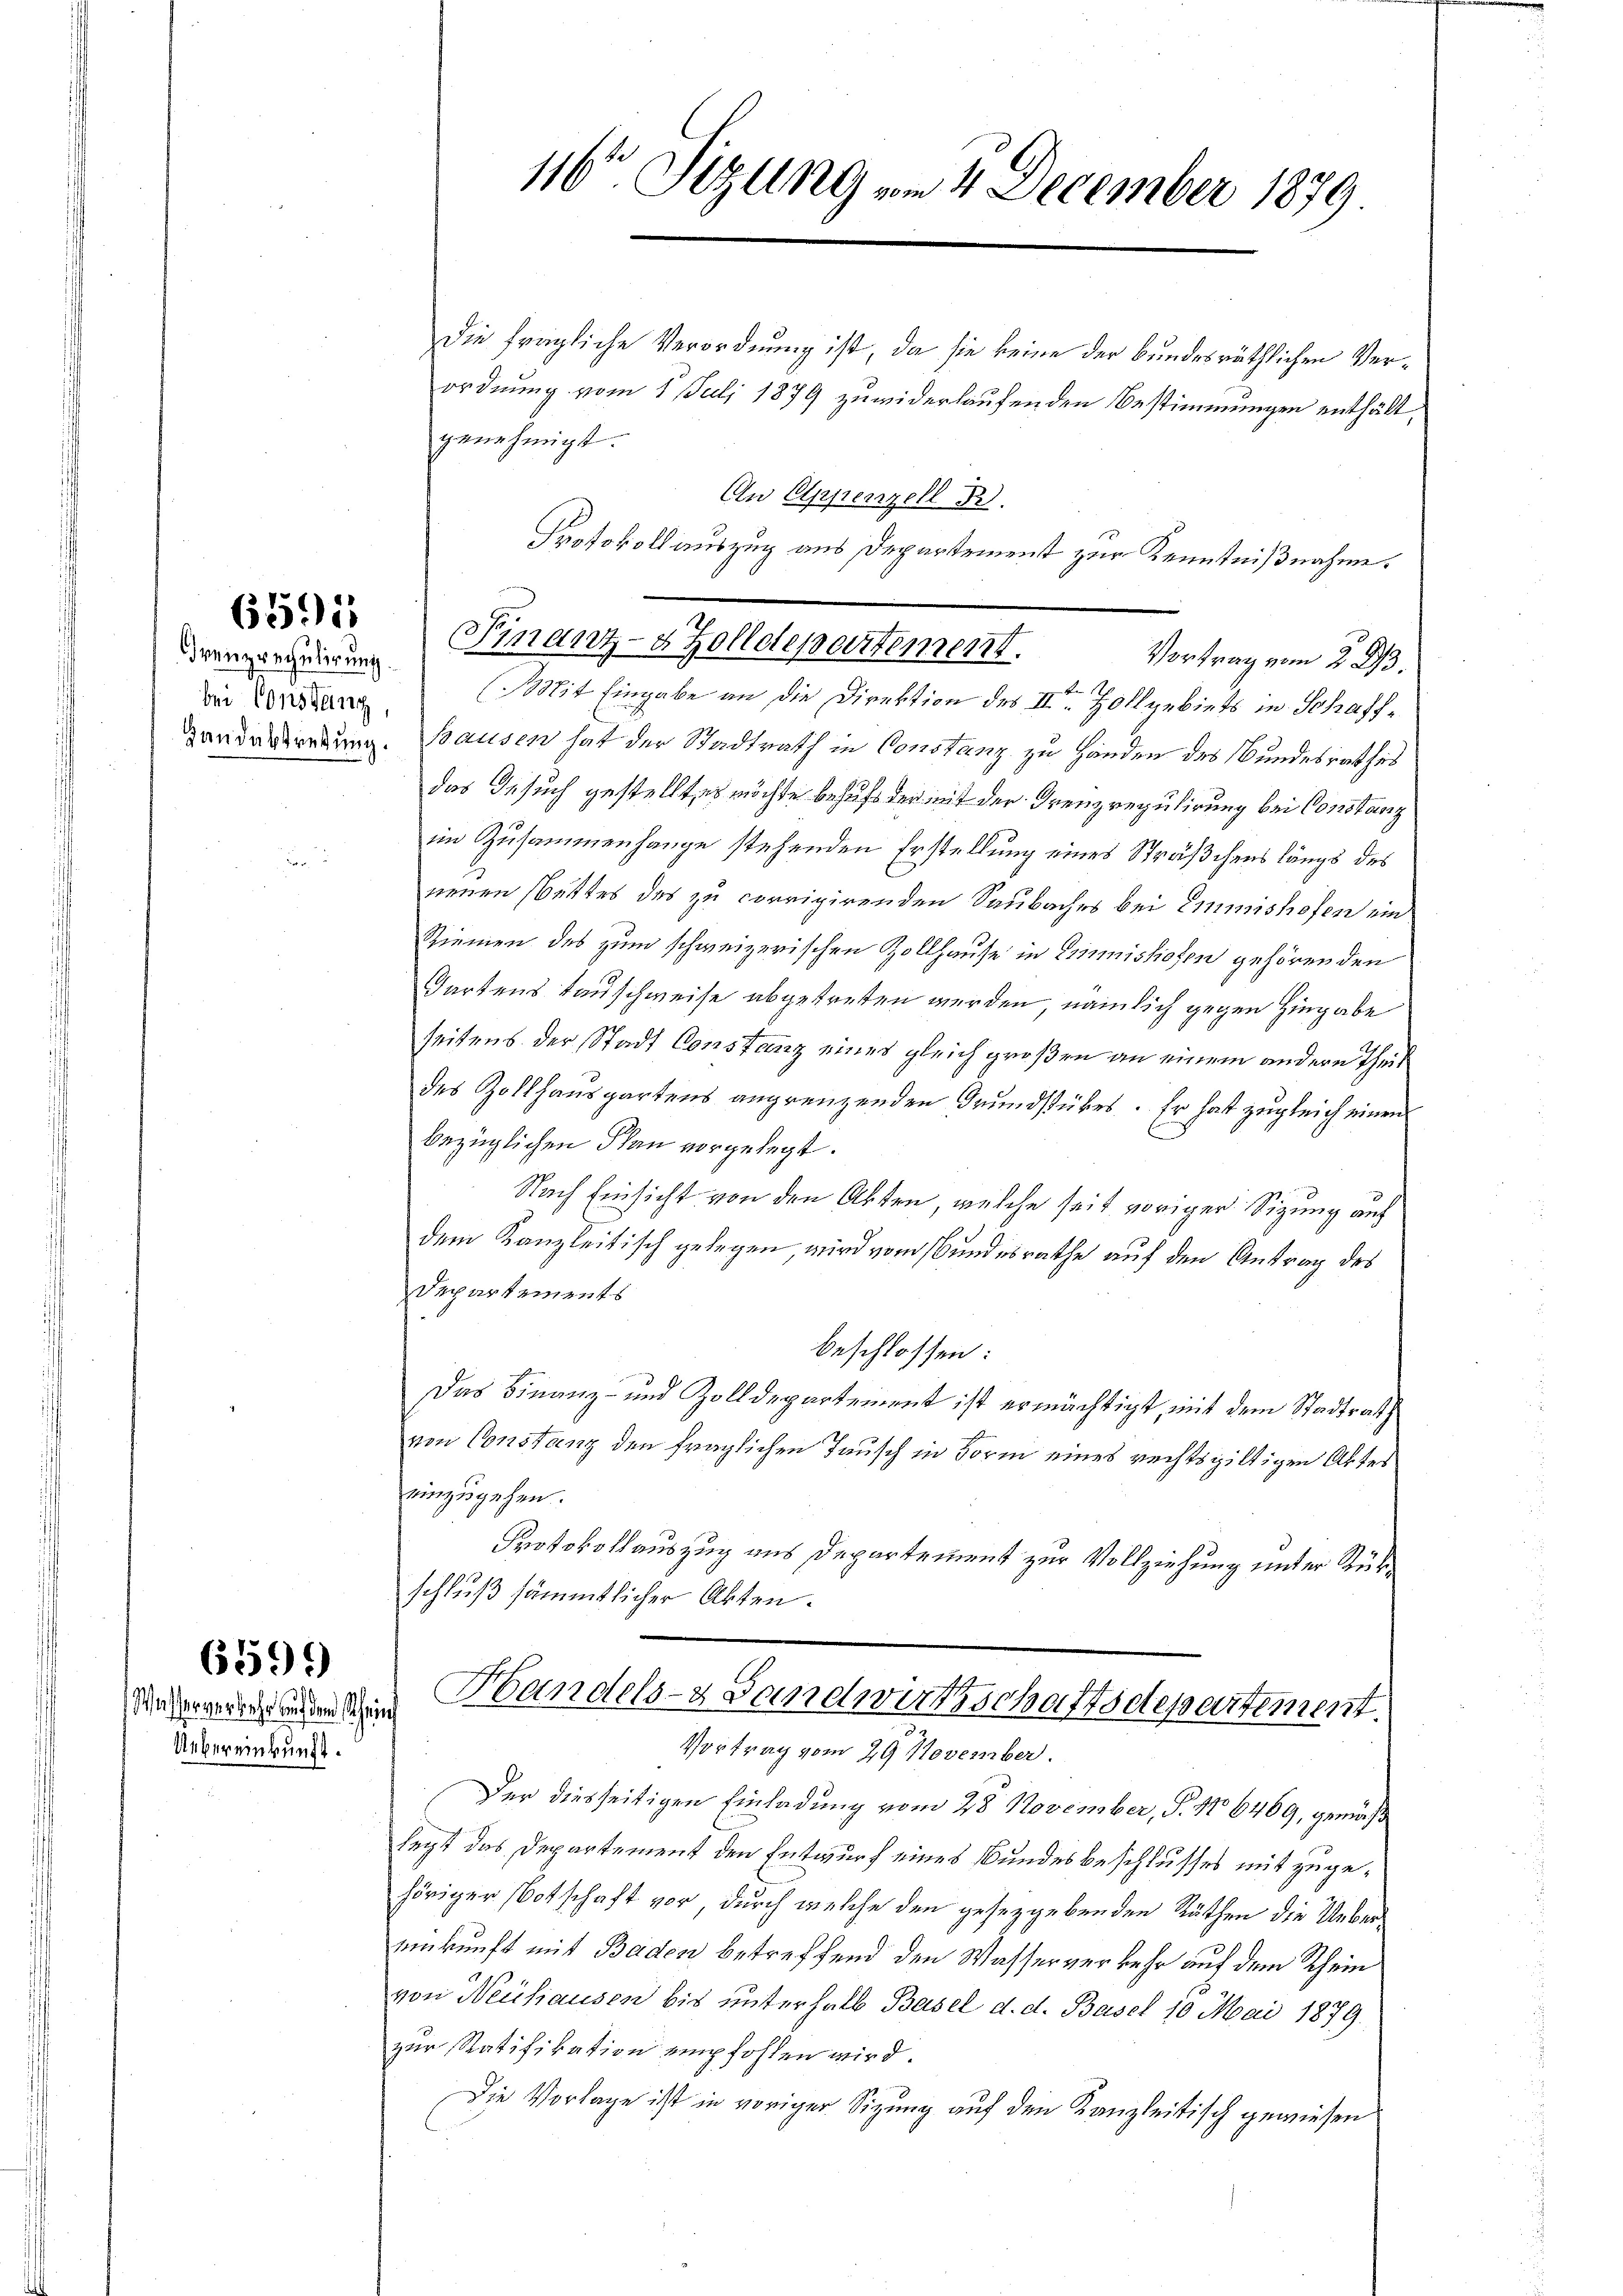
6591

Grenzrechulirung.
bei Consung,

659)

Uebereinkunft.

Die fragliche Verordnung ist, da sie keine der bundesräthlichen Vergenehmigt.
Mit Eingabe an die Direktion des IIte Hollgebiets in Schaffandorderung. Hausen hat der Stadtrath in Constanz zu Händen des Bundesrathes
das Gesuch gestellt es möchte behufs der mit der Grenzregulirung bei Constanz
im Zusammenhange stehenden Erstellung eines Sträßchens längs des
neuen Sittes des zu corrigirenden Saubaches bei Emmishofen ein
Riemen des zum schweizerischen Zollhause in Einmissionen gehörenden
Gartens Tauschweise abgetreten werden, nämlich gegen Hingabe
seitens der Stadt Constanz eines gleich großen an einem andern Theil
des Zollhauspartens angrenzenden Grundstückes. Er hat zugleich einen
bezüglichen Plan vorgelegt.
Nach Einsicht von den Akten, welche seit voriger Sizung auf
dem Kanzleitisch gelegen, wird vom Bundesrathe auf den Antrag des
Departements
beschlossen:
Das Finanz- und Zolldepartement ist ermächtigt, mit dem Stadtrath
von Constanz den fraglichen Tausch in Form eines rechtsgültigen Aktes
einzugehen.
Protokollauszug aus Departement zur Vollziehung unter Rükschluß sämmtlicher Akten.
siederungenden den Bandels- & Landwirtschaftsdepartement.
Vortrag vom 29. November.
Der diesseitigen Einladung vom 28. November, S. 176469, gemäß
legt das Departement den Entwurf eines Bundesbeschlusses mit zugehöriger Botschaft vor, durch welche den gesetzgebenden Räthen die Uebereinkunft mit Baden betreffend den Wasserverkehr auf dem Rhein
von Neuhausen bis unterhalb Basel d. d. Basel 10 Mai 1879.
zur Ratifikation empfohlen wird.
Die Vorlage ist in voriger Sizung auf den Kanzleitisch gewiesen

116t Sizung vom 4 December 1879

ordnung vom 1. Juli 1879 zuwiderlaufenden Bestimmungen enthält,

An Eppenzell
Protokollauszug aus Departement zur Kenntnißnahme.
Finanz-4 Zolldepartement.
Vortrag vom 2. 23.